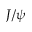
J / \psi